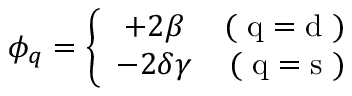
\phi _ { q } = \left\{ \begin{array} { c r } { { + 2 \beta } } & { { \mathrm { ( ~ q = d ~ ) } } } \\ { { - 2 \delta \gamma } } & { { \mathrm { ( ~ q = s ~ ) } } } \end{array} \right.